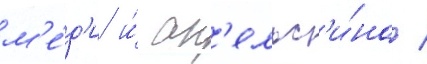
м'е́д'и и́ ап'ельс'и́на /